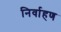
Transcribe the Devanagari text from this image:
निर्वाहण